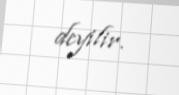
deyilir.